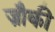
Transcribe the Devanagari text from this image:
ज़ौकी